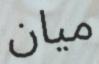
ميان